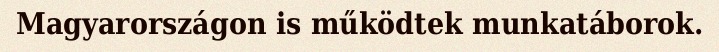
Magyarországon is működtek munkatáborok.